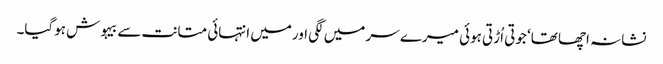
نشانہ اچھا تھا‘ جوتی اُڑتی ہوئی میرے سر میں لگی اورمیں انتہائی متانت سے بیہوش ہوگیا۔